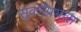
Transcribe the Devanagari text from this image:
सुवर्णप्रभास